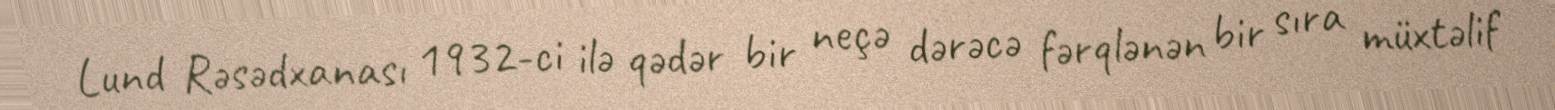
Lund Rəsədxanası 1932-ci ilə qədər bir neçə dərəcə fərqlənən bir sıra müxtəlif